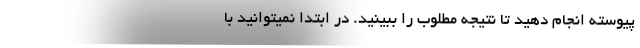
پیوسته انجام دهید تا نتیجه مطلوب را ببینید. در ابتدا نمیتوانید با